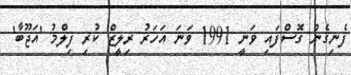
ފެނިގެން ގޮސްފައި ވަނީ 1991 ވަނަ އަހަރު ރިލީޒް ކުރި ފިލްމު 'އަޖޫބާ'